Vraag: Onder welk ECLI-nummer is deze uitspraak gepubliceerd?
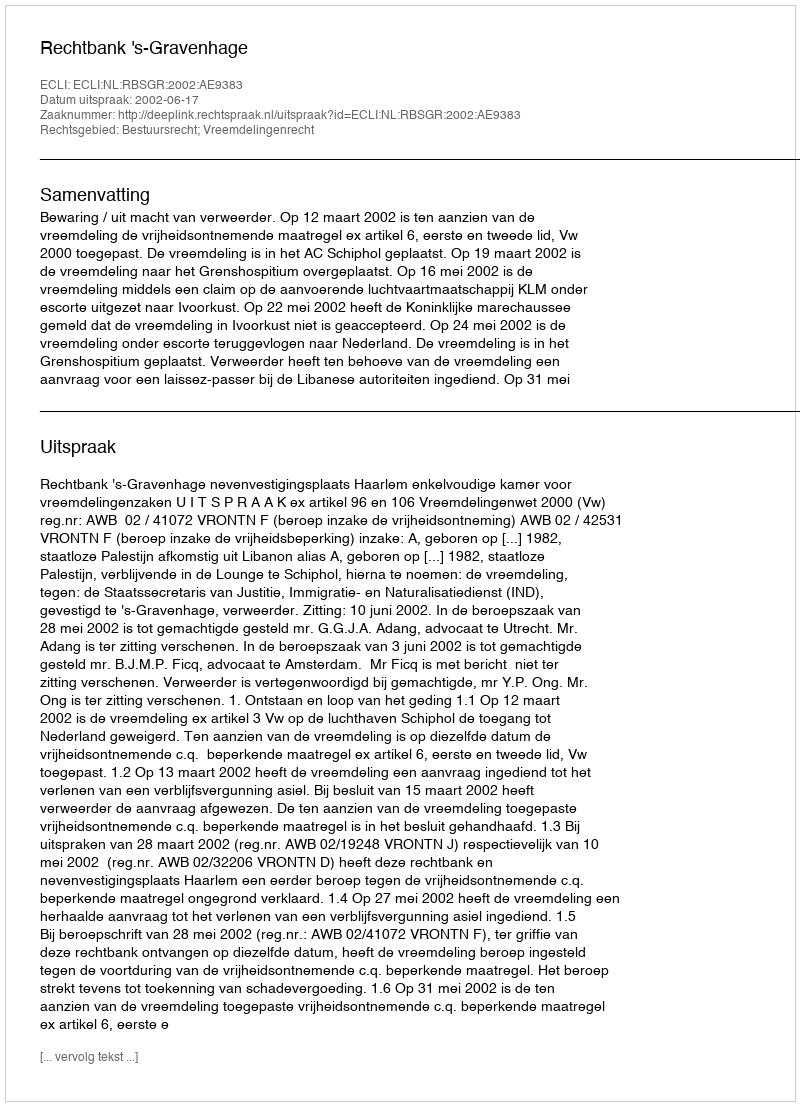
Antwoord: ECLI:NL:RBSGR:2002:AE9383